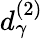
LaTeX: d_{\gamma}^{(2)}